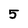
Character: 5